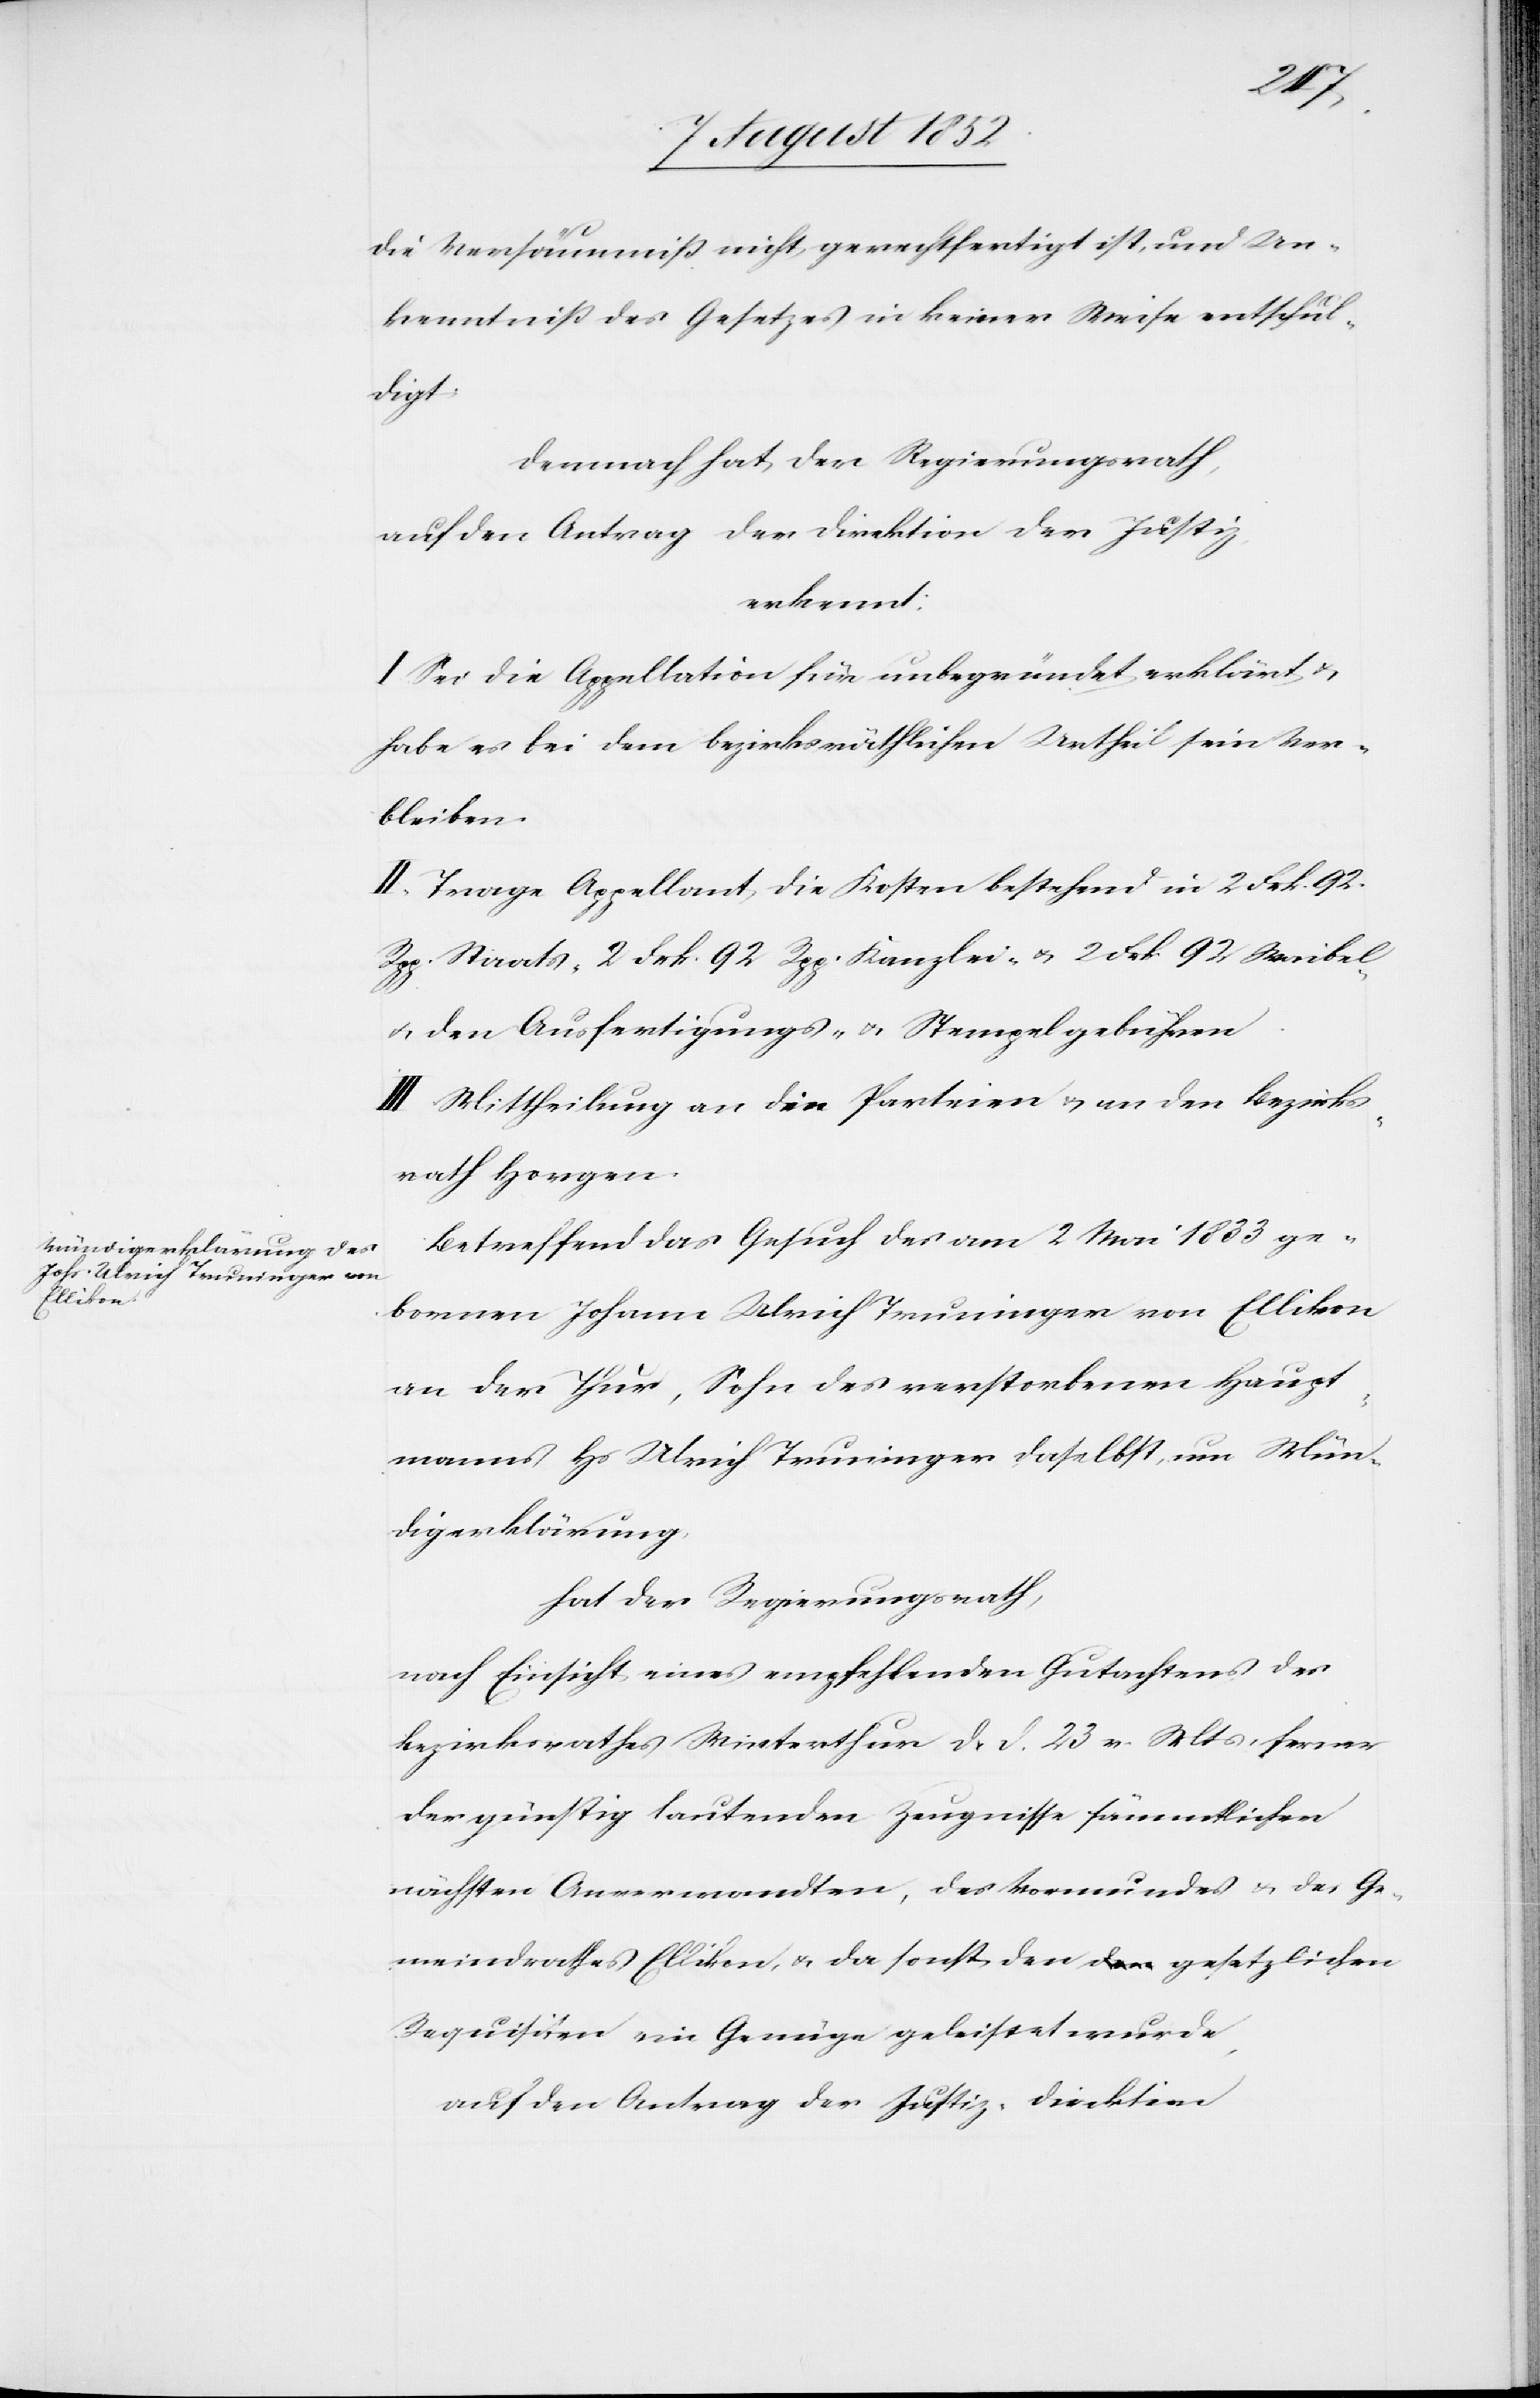
die Versäumniß nicht gerechtfertigt ist, und Un¬
kenntniß des Gesetzes in keiner Weise entschul¬
digt.
Demnach hat der Regierungsrath,
auf den Antrag der Direktion der Justiz,
erkennt:
I. Sei die Appellation für unbegründet erklärt &
habe es bei dem bezirksräthlichen Urtheil sein Ver¬
bleiben.
II. Trage Appellant die Kosten bestehend in 2 Frk. 92.
Rpp. Staats-[,] 2 Frk. 92 Rpp. Kanzlei- & 2 Frk 92 Waibel-
& den Ausfertigungs- & Stempelgebühren.
III Mittheilung an die Parteien & an den Bezirks¬
rath Horgen.
Betreffend das Gesuch des am 2 Mai 1833 ge¬
bornen Johann [sic!] Ulrich Truninger von Ellikon
an der Thur, Sohn des verstorbenen Haupt¬
manns Hs Ulrich Truninger daselbst, um Mün¬
digerklärung,
hat der Regierungsrath,
nach Einsicht eines empfehlenden Gutachtens des
Bezirksrathes Winterthur d. d. 23 v. Mts, ferner
der günstig lautenden Zeugnisse sämmtlichen
nächsten Anverwandten, des Vormundes & des Ge¬
meindrathes Ellikon, & da sonst den gesetzlichen
Requisiten ein Genüge geleistet wurde,
auf den Antrag der Justiz-Direktion